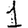
Digit: 1